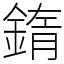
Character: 䤻